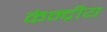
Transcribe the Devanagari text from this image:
केन्‍द्रीय